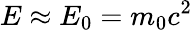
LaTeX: E\approx E_{0}=m_{0}c^{2}